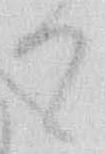
て